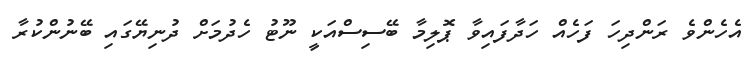
އެހެންވެ ރަންދިހަ ފަހެއް ހަދާފައިވާ ޕޮލިމާ ބޭސިސްއަކީ ނޫޓު ހެދުމަށް ދުނިޔޭގައި ބޭނުންކުރާ